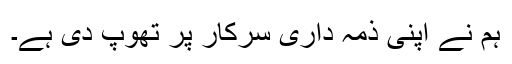
ہم نے اپنی ذمہ داری سرکار پر تھوپ دی ہے۔